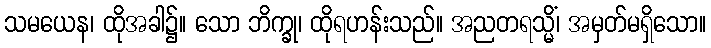
သမယေန၊ ထိုအခါ၌။ သော ဘိက္ခု၊ ထိုရဟန်းသည်။ အညတရသ္မိံ၊ အမှတ်မရှိသော။